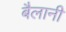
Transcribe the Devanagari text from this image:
बैलानी